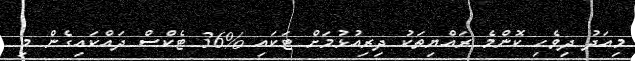
މިއަދު ދިވެހި ކޮންމެ ރައްޔިތަކު ދިރިއުޅުމަށް ޓަކައި %36 ޓެކްސް ދައްކައިގެން މި